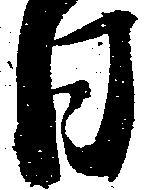
日